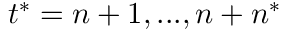
t ^ { * } = n + 1 , . . . , n + n ^ { * }